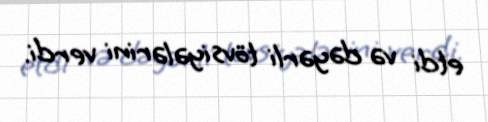
etdi və dəyərli tövsiyələrini verdi.